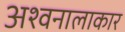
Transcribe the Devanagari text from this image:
अश्वनालाकार